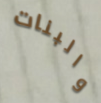
والبنات